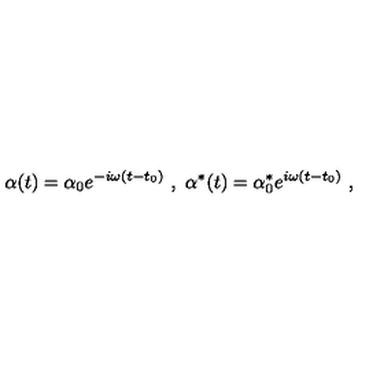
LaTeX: \alpha ( t ) = \alpha _ { 0 } e ^ { - i \omega ( t - t _ { 0 } ) } \ , \ \alpha ^ { * } ( t ) = \alpha _ { 0 } ^ { * } e ^ { i \omega ( t - t _ { 0 } ) } \ ,